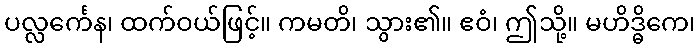
ပလ္လင်္ကေန၊ ထက်ဝယ်ဖြင့်။ ကမတိ၊ သွား၏။ ဧဝံ၊ ဤသို့။ မဟိဒ္ဓိကေ၊